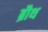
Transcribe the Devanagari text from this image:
ब्रौथ